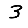
Digit: 3